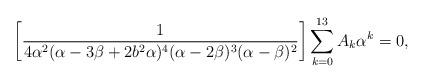
LaTeX: \begin{align*}\bigg[\frac{1}{4\alpha^2(\alpha -3\beta +2b^2\alpha)^4(\alpha -2\beta)^3(\alpha-\beta)^2}\bigg]\sum_{k=0}^{13}A_k\alpha^k =0,\end{align*}